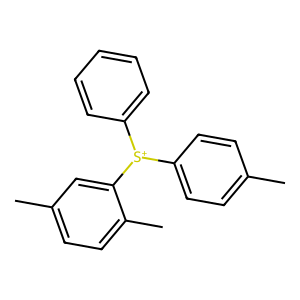
SMILES: Cc1ccc([S+](c2ccccc2)c2cc(C)ccc2C)cc1
Inhibits HIV replication: No